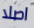
اصلا